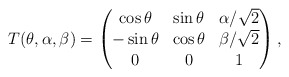
\begin{align*}T(\theta,\alpha,\beta)=\begin{pmatrix}\cos \theta & \sin \theta & \alpha/\sqrt{2}\\-\sin \theta & \cos \theta & \beta/\sqrt{2}\\0 & 0 & 1\end{pmatrix},\end{align*}